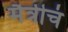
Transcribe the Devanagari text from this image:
मैत्रीचं